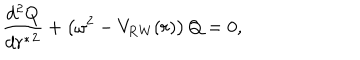
{ \frac { d ^ { 2 } Q } { d { r ^ { * } } ^ { 2 } } } + \left( \omega ^ { 2 } - V _ { \mathrm { R W } } ( r ) \right) Q = 0 ,